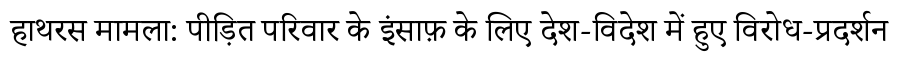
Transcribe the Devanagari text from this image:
हाथरस मामला: पीड़ित परिवार के इंसाफ़ के लिए देश-विदेश में हुए विरोध-प्रदर्शन